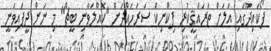
ފޯކައިދޫގައި އަލަށް ތަރައްޤީކުރި ޕިކްނިކް ސަރަހައްދަށް "ކޮއްލަވާނި ބީޗް" މި ނަން ދީފައިވަނީ